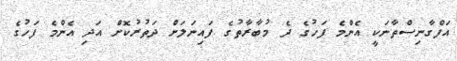
އަފްގާނިސްތާނަކީ އެންމެ ފަހުގެ ދެ މުބާރާތުގެ ފައިނަލަށް ދަތުރުކޮށް އަދި އެންމެ ފަހުގެ